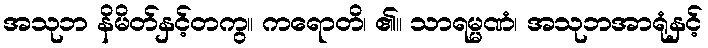
အသုဘ နိမိတ်နှင့်တကွ။ ကရောတိ၊ ၏။ သာရမ္မဏံ၊ အသုဘအာရုံနှင့်